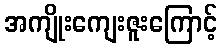
အကျိုးကျေးဇူးကြောင့်